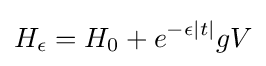
H_{\epsilon }=H_{0}+e^{-\epsilon |t|}gV